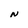
Character: N